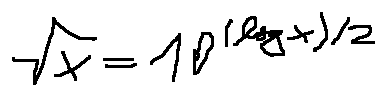
\sqrt { x } = 1 0 ^ { ( \log x ) / 2 }